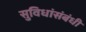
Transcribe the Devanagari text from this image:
सुविधांसंबंधी